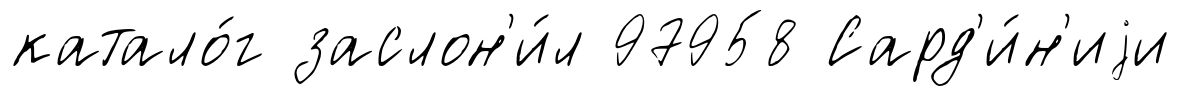
катало́г заслон'и́л 97958 Сард'и́н'иjи